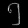
Digit: ၅